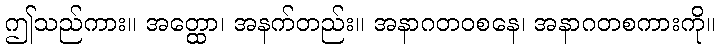
ဤသည်ကား။ အတ္ထော၊ အနက်တည်း။ အနာဂတဝစနေ၊ အနာဂတစကားကို။